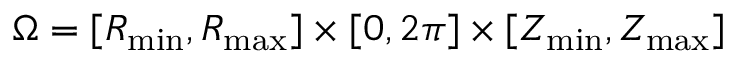
\Omega = [ R _ { \operatorname* { m i n } } , R _ { \operatorname* { m a x } } ] \times [ 0 , 2 \pi ] \times [ Z _ { \operatorname* { m i n } } , Z _ { \operatorname* { m a x } } ]